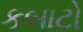
કબાટો